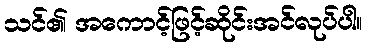
သင်၏ အကောင့်ဖြင့်ဆိုင်းအင်လုပ်ပါ။